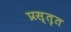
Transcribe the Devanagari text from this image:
प्रस्तृत